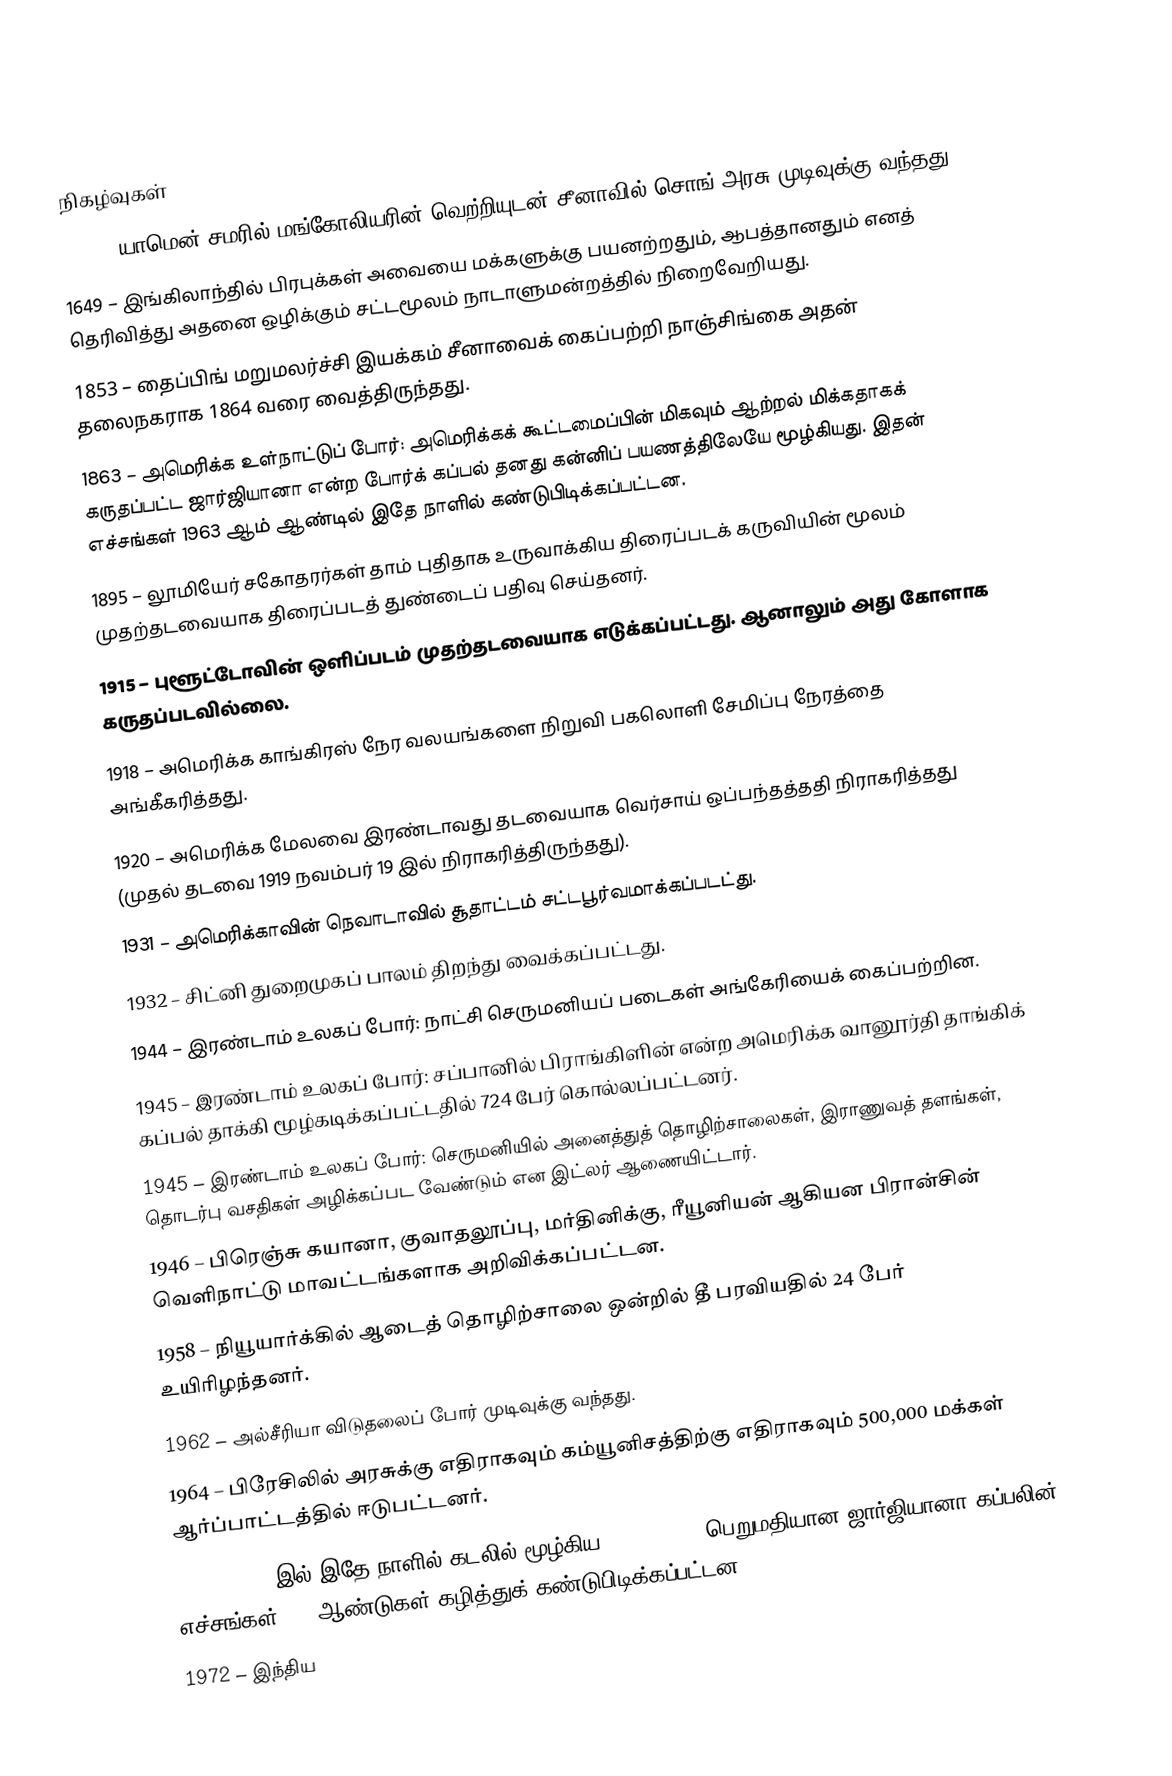

நிகழ்வுகள்
1279 – யாமென் சமரில் மங்கோலியரின் வெற்றியுடன் சீனாவில் சொங் அரசு முடிவுக்கு வந்தது.
1649 – இங்கிலாந்தில் பிரபுக்கள் அவையை மக்களுக்கு பயனற்றதும், ஆபத்தானதும் எனத் தெரிவித்து அதனை ஒழிக்கும் சட்டமூலம் நாடாளுமன்றத்தில் நிறைவேறியது.
1853 – தைப்பிங் மறுமலர்ச்சி இயக்கம் சீனாவைக் கைப்பற்றி நாஞ்சிங்கை அதன் தலைநகராக 1864 வரை வைத்திருந்தது.
1863 – அமெரிக்க உள்நாட்டுப் போர்:  அமெரிக்கக் கூட்டமைப்பின் மிகவும் ஆற்றல் மிக்கதாகக் கருதப்பட்ட ஜார்ஜியானா என்ற போர்க் கப்பல் தனது கன்னிப் பயணத்திலேயே மூழ்கியது. இதன் எச்சங்கள் 1963 ஆம் ஆண்டில் இதே நாளில் கண்டுபிடிக்கப்பட்டன.
1895 – லூமியேர் சகோதரர்கள் தாம் புதிதாக உருவாக்கிய திரைப்படக் கருவியின் மூலம் முதற்தடவையாக திரைப்படத் துண்டைப் பதிவு செய்தனர்.
1915 – புளூட்டோவின் ஒளிப்படம் முதற்தடவையாக எடுக்கப்பட்டது. ஆனாலும் அது கோளாக கருதப்படவில்லை.
1918 – அமெரிக்க காங்கிரஸ்  நேர வலயங்களை நிறுவி பகலொளி சேமிப்பு நேரத்தை அங்கீகரித்தது.
1920 – அமெரிக்க மேலவை இரண்டாவது தடவையாக வெர்சாய் ஒப்பந்தத்ததி நிராகரித்தது (முதல் தடவை 1919 நவம்பர் 19 இல் நிராகரித்திருந்தது).
1931 – அமெரிக்காவின் நெவாடாவில் சூதாட்டம் சட்டபூர்வமாக்கப்படட்து.
1932 – சிட்னி துறைமுகப் பாலம் திறந்து வைக்கப்பட்டது.
1944 – இரண்டாம் உலகப் போர்: நாட்சி செருமனியப் படைகள் அங்கேரியைக் கைப்பற்றின.
1945 – இரண்டாம் உலகப் போர்: சப்பானில் பிராங்கிளின் என்ற அமெரிக்க வானூர்தி தாங்கிக் கப்பல் தாக்கி மூழ்கடிக்கப்பட்டதில் 724 பேர் கொல்லப்பட்டனர்.
1945 – இரண்டாம் உலகப் போர்: செருமனியில் அனைத்துத் தொழிற்சாலைகள், இராணுவத் தளங்கள், தொடர்பு வசதிகள் அழிக்கப்பட வேண்டும் என இட்லர் ஆணையிட்டார்.
1946 – பிரெஞ்சு கயானா, குவாதலூப்பு, மர்தினிக்கு, ரீயூனியன் ஆகியன பிரான்சின் வெளிநாட்டு மாவட்டங்களாக அறிவிக்கப்பட்டன.
1958 – நியூயார்க்கில் ஆடைத் தொழிற்சாலை ஒன்றில் தீ பரவியதில் 24 பேர் உயிரிழந்தனர்.
1962 – அல்சீரியா விடுதலைப் போர் முடிவுக்கு வந்தது.
1964 – பிரேசிலில் அரசுக்கு எதிராகவும் கம்யூனிசத்திற்கு எதிராகவும் 500,000 மக்கள் ஆர்ப்பாட்டத்தில் ஈடுபட்டனர்.
1965 – 1863 இல் இதே நாளில் கடலில் மூழ்கிய $50,000,000 பெறுமதியான ஜார்ஜியானா கப்பலின் எச்சங்கள் 102 ஆண்டுகள் கழித்துக் கண்டுபிடிக்கப்பட்டன.
1972 – இந்திய